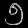
Digit: ၅